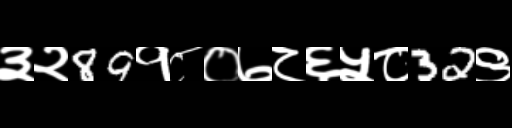
Text: ३२89१८०७८६५८32९